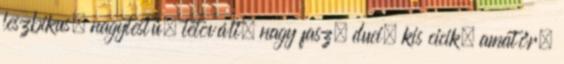
leszbikus, nagytestű, tetovált, nagy fasz, duci, kis cicik, amatőr,